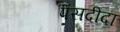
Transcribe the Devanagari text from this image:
पंसदीदा